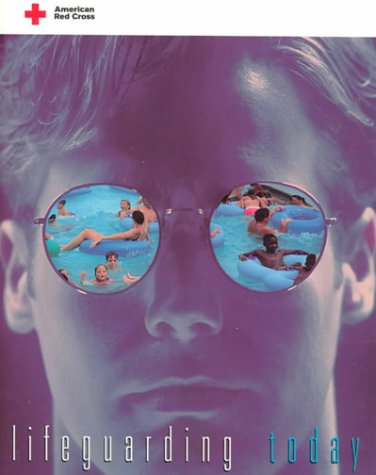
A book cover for Lifeguarding Today (American Red Cross); American National Red Cross; Health, Fitness & Dieting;